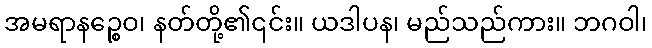
အမရာနဉ္စေဝ၊ နတ်တို့၏၎င်း။ ယဒါပန၊ မည်သည်ကား။ ဘဂဝါ၊